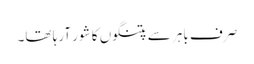
صرف باہر سے پتنگوں کا شور آرہا تھا۔